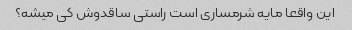
این واقعا مایه شرمساری است راستی ساقدوش کی میشه؟